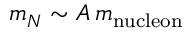
m _ { N } \sim A \, m _ { \mathrm { n u c l e o n } }